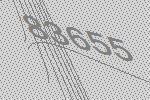
83655